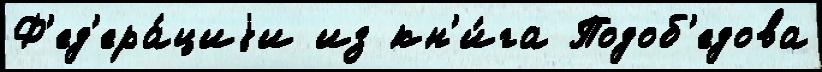
Ф'ед'ера́циjи из кн'и́га Подоб'едова